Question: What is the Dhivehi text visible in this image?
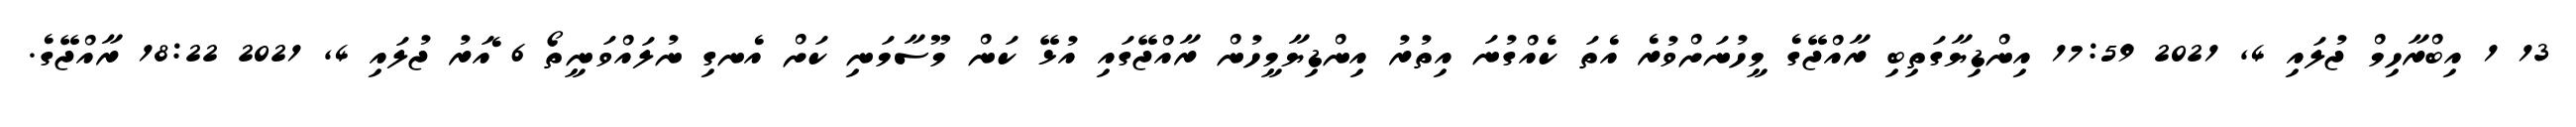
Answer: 13 1 އިބްރާހިމް ޖުލައި 4, 2021 17:59 އިންޑިޔާގަތިބި ރާއްޖޭގެ މީހުނަށްވުރެ އެތަ ކެއްގުނަ އިތުރު އިންޑިޔާމީހުން ރާއްޖޭގައި އުޅޭ ކަން މޫސާމަނި ކަށް އެނގި ނުލައްވަނީތޯ 6 ެއަރު ޖުލައި 4, 2021 18:22 ރާއްޖޭގެ.